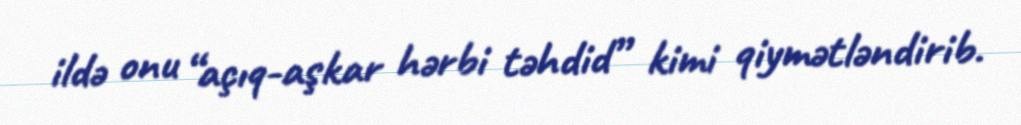
ildə onu “açıq-aşkar hərbi təhdid” kimi qiymətləndirib.